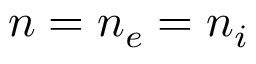
n = n _ { e } = n _ { i }